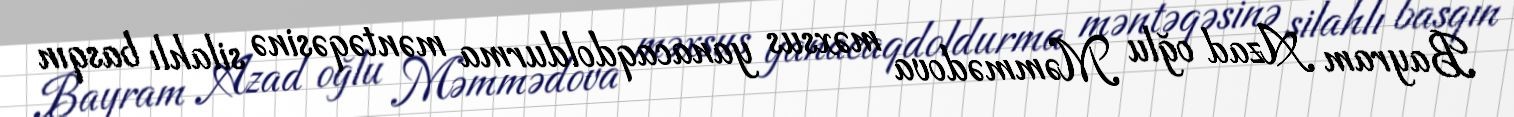
Bayram Azad oğlu Məmmədova məxsus yanacaqdoldurma məntəqəsinə silahlı basqın